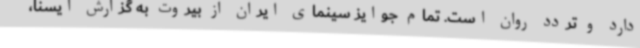
دارد و تردد روان است. تمام جوایز سینمای ایران از بیروت به گزارش ایسنا،